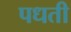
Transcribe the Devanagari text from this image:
पधती